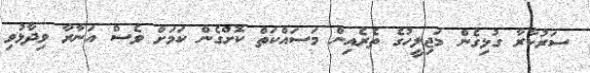
ސަރުކާރާ ގުޅިގެން މަޖިލީހުގެ ތެރެއިން މަސައްކަތް ކޮށްގެން ކަމަށް ވެސް އަނާރާ ވިދާޅުވި